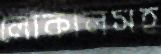
লোকালসহ